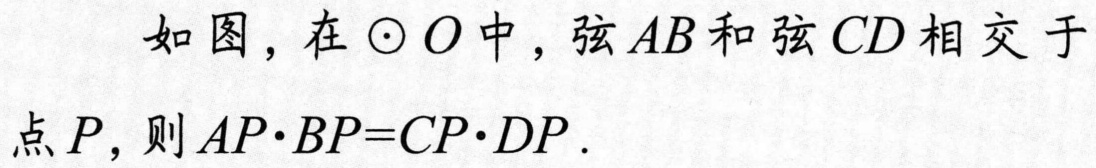
如图，在\(\odot O\)中，弦\(AB\)和弦\(CD\)相交于
点\(P\)，则\(AP\cdot BP = CP\cdot DP\).